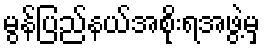
မွန်ပြည်နယ်အစိုးရအဖွဲ့မှ